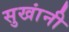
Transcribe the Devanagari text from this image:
सुखांनी